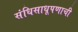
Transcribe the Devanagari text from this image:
संधिसाधूपणाची